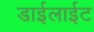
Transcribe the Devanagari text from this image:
डाईलाईट